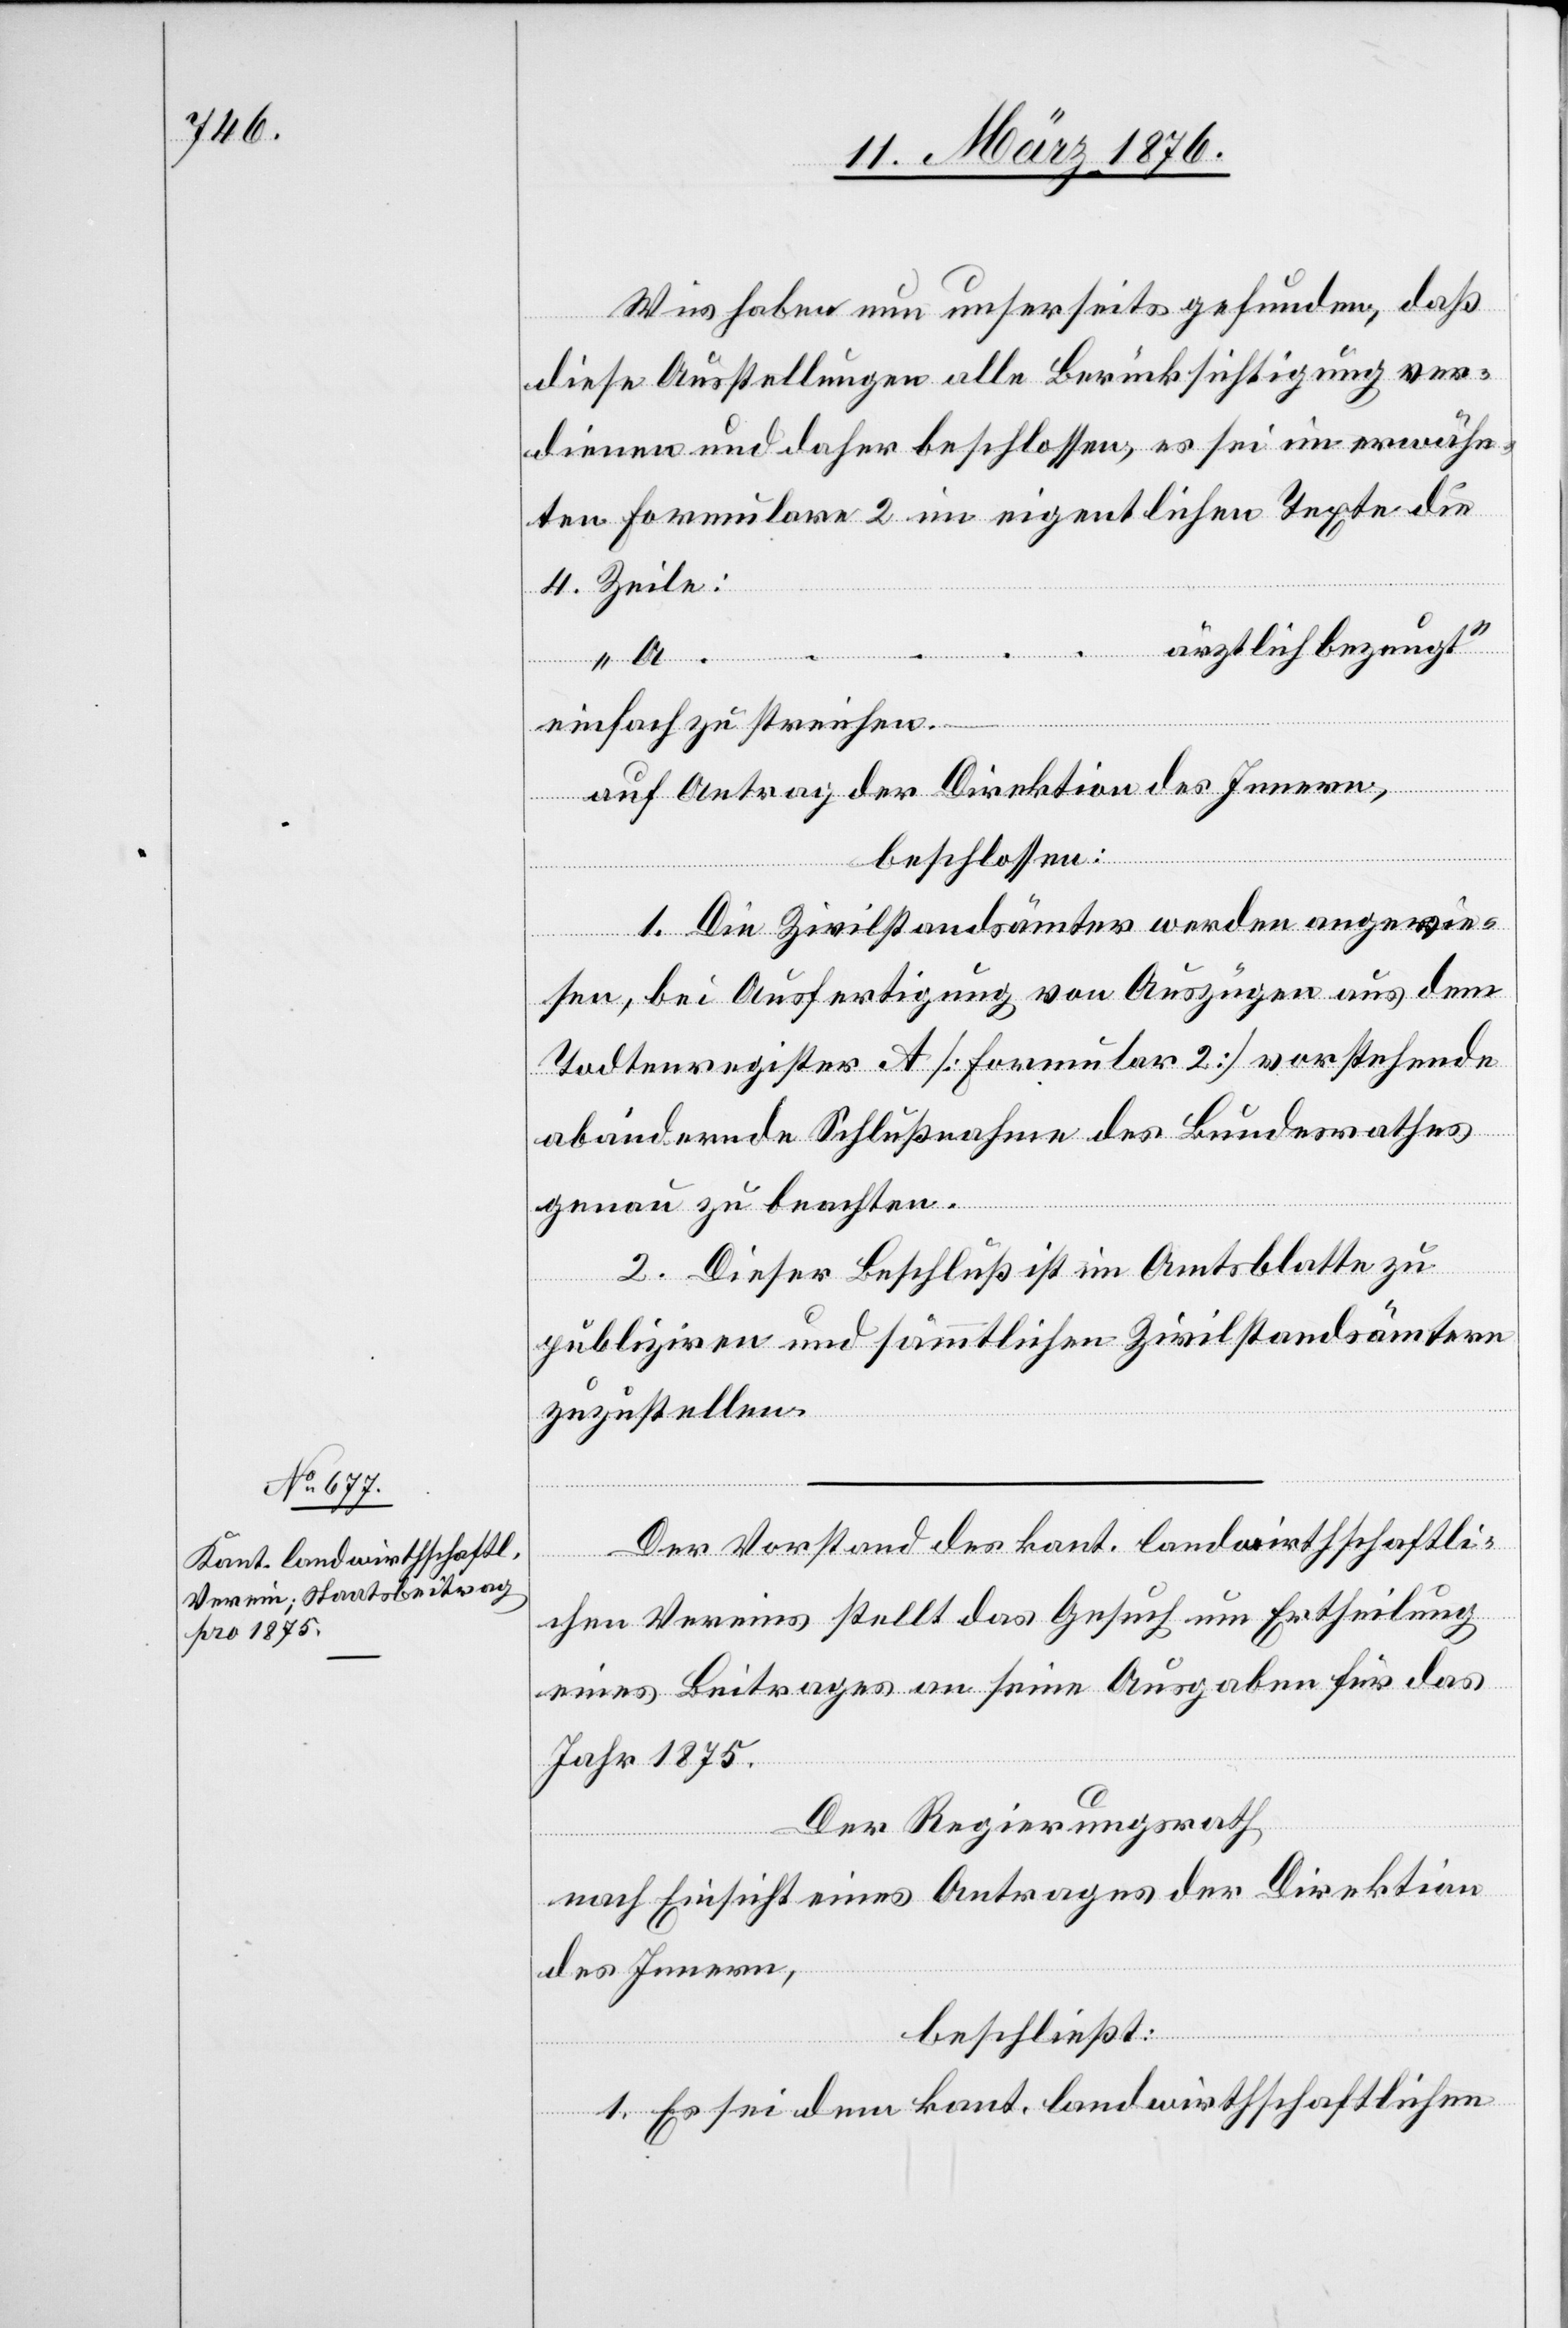
Wir haben nun unserseits gefunden, daß
„
diese Ausstellungen alle Berücksichtigung ver¬
diene und daher beschlossen, es sei im erwähn¬
ter Formulare 2 im eigentlichen Texte die
4. Zeile:
ärztlich bezeugt“
…
einfach zu streichen.–
auf Antrag der Direktion des Innern,
beschlossen:
1. Die Zivilstandsämter werden angewie¬
sen, bei Ausfertigung von Auszügen aus dem
Todtenregister A [Formular 2] vorstehende
abändernde Schlußnahme des Bundesrathes
genau zu beachten.
2. Dieser Beschluß ist im Amtsblatte zu
publizieren und sämmtlichen Zivilstandsämtern
zuzustellen.
Der Vorstand des kant. landwirthschaftli¬
chen Vereins stellt das Gesuch um Ertheilung
eines Beitrages an seine Ausgaben für das
Jahr 1875.
Der Regierungsrath,
nach Einsicht eines Antrages der Direktion
des Innern,
beschließt:
1. Es sei dem kant. landwirthschaftlichen